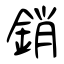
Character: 銷